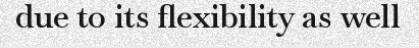
due to its flexibility as well